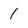
Character: 1